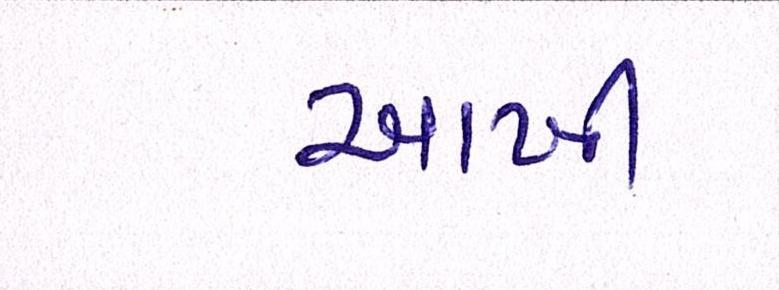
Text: આખી